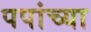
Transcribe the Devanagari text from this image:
पपांच्या